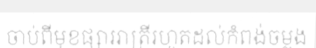
ចាប់ពីមុខផ្សាររាត្រីរហូតដល់កំពង់ចម្លង